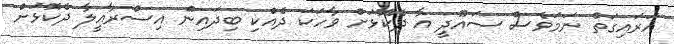
އަރައިގަތް ނަމަވެސް ސައޫދީ އާ ދެކޮޅަށް ވާހަކަ ދެއްކި ބިދައިން އިސްރާއީލާ ދެކޮޅަށް